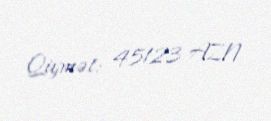
Qiymət: 45123 AZN